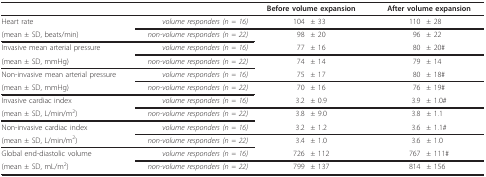
<table><thead><tr><td></td><td></td><td colspan="2"><b>Before volume expansion</b></td><td colspan="2"><b>After volume expansion</b></td></tr></thead><tbody><tr><td>Heart rate</td><td><i>volume responders (n = 16)</i></td><td>104</td><td>± 33</td><td>110</td><td>± 28</td></tr><tr><td>(mean ± SD, beats/min)</td><td><i>non-volume responders (n = 22)</i></td><td>98</td><td>± 20</td><td>96</td><td>± 22</td></tr><tr><td>Invasive mean arterial pressure</td><td><i>volume responders (n = 16)</i></td><td>77</td><td>± 16</td><td>80</td><td>± 20#</td></tr><tr><td>(mean ± SD, mmHg)</td><td><i>non-volume responders (n = 22)</i></td><td>74</td><td>± 14</td><td>79</td><td>± 14</td></tr><tr><td>Non-invasive mean arterial pressure</td><td><i>volume responders (n = 16)</i></td><td>75</td><td>± 17</td><td>80</td><td>± 18#</td></tr><tr><td>(mean ± SD, mmHg)</td><td><i>non-volume responders (n = 22)</i></td><td>70</td><td>± 16</td><td>76</td><td>± 19#</td></tr><tr><td>Invasive cardiac index</td><td><i>volume responders (n = 16)</i></td><td>3.2</td><td>± 0.9</td><td>3.9</td><td>± 1.0#</td></tr><tr><td>(mean ± SD, L/min/m<sup>2</sup>)</td><td><i>non-volume responders (n = 22)</i></td><td>3.8</td><td>± 9.0</td><td>3.8</td><td>± 1.1</td></tr><tr><td>Non-invasive cardiac index</td><td><i>volume responders (n = 16)</i></td><td>3.2</td><td>± 1.2</td><td>3.6</td><td>± 1.1#</td></tr><tr><td>(mean ± SD, L/min/m<sup>2</sup>)</td><td><i>non-volume responders (n = 22)</i></td><td>3.4</td><td>± 1.0</td><td>3.6</td><td>± 1.0</td></tr><tr><td>Global end-diastolic volume</td><td><i>volume responders (n = 16)</i></td><td>726</td><td>± 112</td><td>767</td><td>± 111#</td></tr><tr><td>(mean ± SD, mL/m<sup>2</sup>)</td><td><i>non-volume responders (n = 22)</i></td><td>799</td><td>± 137</td><td>814</td><td>± 156</td></tr></tbody></table>